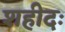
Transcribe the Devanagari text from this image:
शहीदः